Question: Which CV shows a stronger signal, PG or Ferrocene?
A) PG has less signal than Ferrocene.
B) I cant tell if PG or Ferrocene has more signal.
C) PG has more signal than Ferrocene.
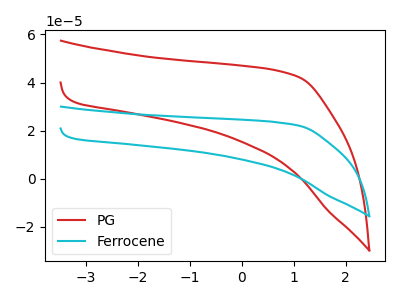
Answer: <think>The red curve "PG" has no peaks. The cyan curve "Ferrocene" has no peaks.
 Neither "PG" or "Ferrocene" have any peaks.</think>
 <answer>B) I cant tell if "PG" or "Ferrocene" has more signal.</answer>
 <eval>B</eval>